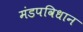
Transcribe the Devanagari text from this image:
मंडपविधान